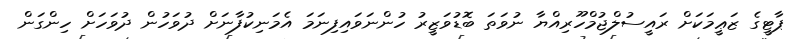
ޕާޓީގެ ޒަޢީމަކަށް ރައީސުލްޖުމްހޫރިއްޔާ ނުވަތަ ބޮޑުވަޒީރު ހުންނަވައިފިނަމަ އެމަނިކުފާނަށް ދުވަހުން ދުވަހަށް ހިންގަން